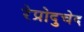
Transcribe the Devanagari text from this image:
रेप्रोदुचेद